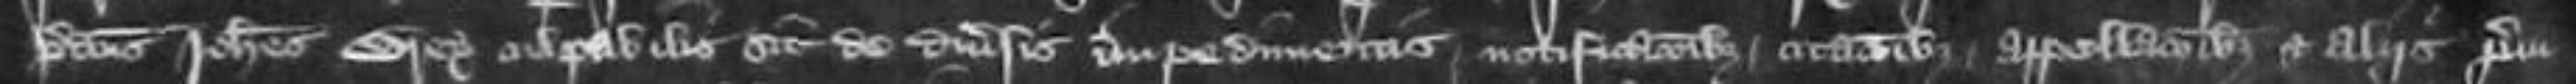
predictus Johannes Wrey culpabilis sit de diversis impedimentis notificationibus citatibus appellacionibus et aliis preiu